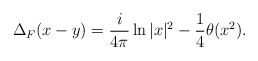
\begin{align*}\Delta_F(x-y)=\frac{i}{4\pi}\ln |x|^2-\frac{1}{4}\theta (x^2).\end{align*}